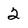
Character: 2